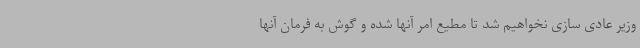
وزیر عادی سازی نخواهیم شد تا مطیع امر آنها شده و گوش به فرمان آنها